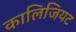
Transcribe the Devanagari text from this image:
कालिजियट